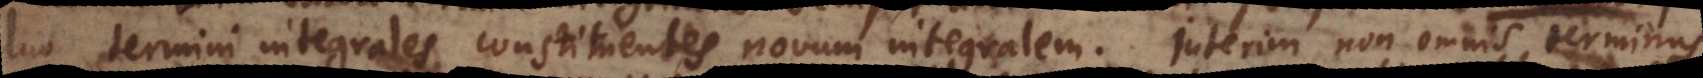
duo termini integrales constituentes novum integralem. Interim non omnis terminus